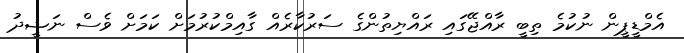
އެމްޑީޕީން ނުކުމެ ތިބީ ރާއްޖޭގައި ރައްޔިތުންގެ ސަރުކާރެއް ގާއިމްކުރުމަށް ކަމަށް ވެސް ނަޝީދު